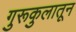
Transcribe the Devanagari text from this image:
गुरूकुलातून